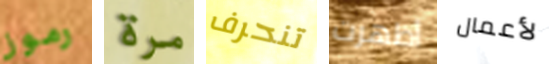
رموز مرة تنحرف أظهرت لأعمال